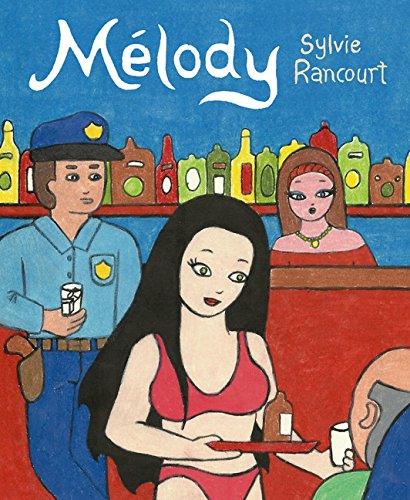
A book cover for Melody: Story of a Nude Dancer; Sylvie Rancourt; Comics & Graphic Novels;